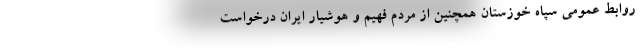
روابط عمومی سپاه خوزستان همچنین از مردم فهیم و هوشیار ایران درخواست